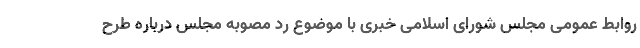
روابط عمومی مجلس شورای اسلامی خبری با موضوع رد مصوبه مجلس درباره طرح